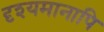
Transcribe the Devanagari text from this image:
दृश्यमानापि